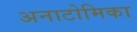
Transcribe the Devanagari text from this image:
अनाटोमिका